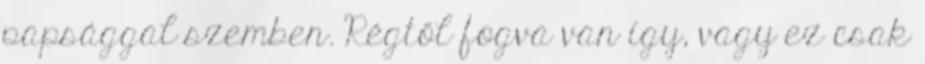
papsággal szemben. Régtől fogva van így, vagy ez csak